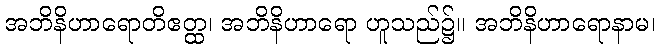
အဘိနိဟာရောတိဧတ္ထ၊ အဘိနိဟာရော ဟူသည်၌။ အဘိနိဟာရောနာမ၊